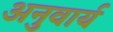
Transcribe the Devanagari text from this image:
अनुवार्य